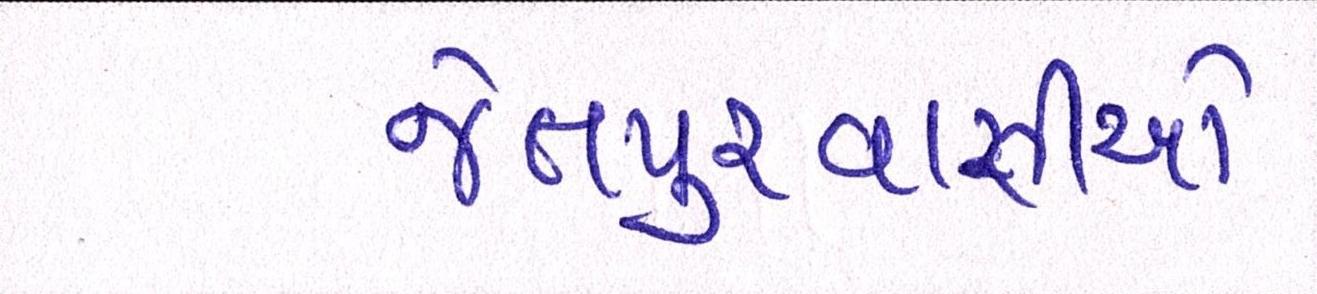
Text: જેતપુરવાસીઓ